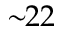
\sim \! \! 2 2